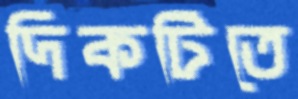
দিকটিতে